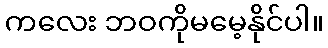
ကလေး ဘဝကိုမမေ့နိုင်ပါ။